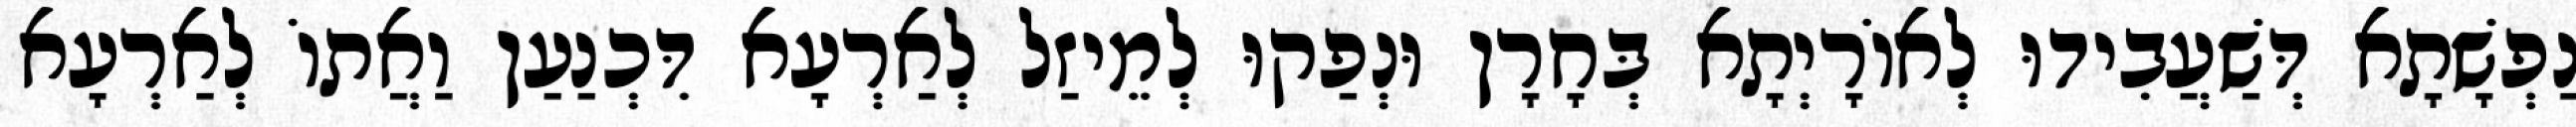
נַפְשָׁתָא דְּשַׁעֲבִידוּ לְאוֹרָיְתָא בְּחָרָן וּנְפַקוּ לְמֵיזַל לְאַרְעָא דִּכְנַעַן וַאֲתוֹ לְאַרְעָא